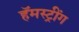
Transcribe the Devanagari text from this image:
हॅमस्ट्रींग